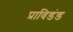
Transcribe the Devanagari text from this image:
प्राविडंड